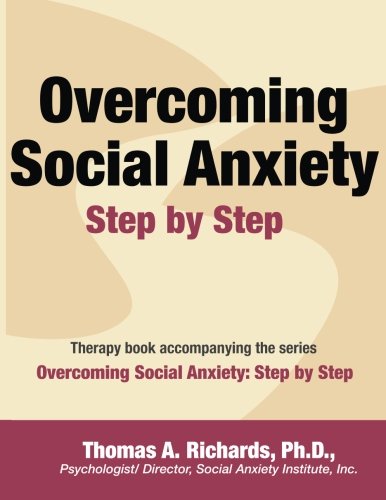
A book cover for Overcoming Social Anxiety: Step by Step; Thomas A. Richards Ph.D; Self-Help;